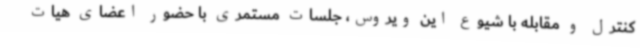
کنترل و مقابله با شیوع این ویروس، جلسات مستمری با حضور اعضای هیات